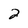
Character: 2